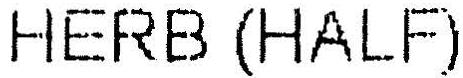
HERB (HALF)